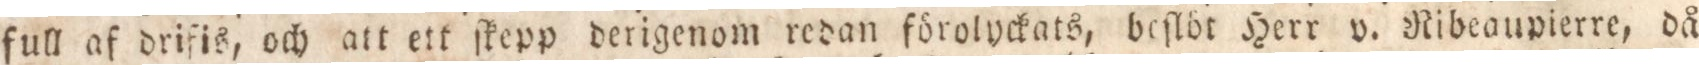
full af drifis, och att ett ſkepp derigenom redan förolyckats, beſlöt Herr v. Ribeaupierre, då